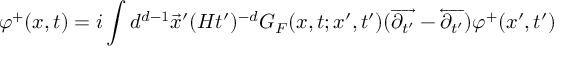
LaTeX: \varphi ^ { + } ( x , t ) = i \int d ^ { d - 1 } \vec { x } ^ { \prime } ( H t ^ { \prime } ) ^ { - d } G _ { F } ( x , t ; x ^ { \prime } , t ^ { \prime } ) ( \overrightarrow { \partial _ { t ^ { \prime } } } - \overleftarrow { \partial _ { t ^ { \prime } } } ) \varphi ^ { + } ( x ^ { \prime } , t ^ { \prime } )